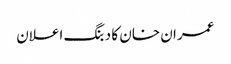
عمران خان کا دبنگ اعلان